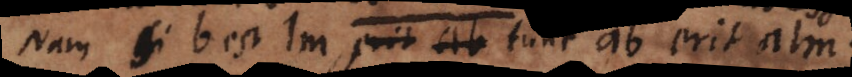
Nam si b est lm, tunc ab erit alm.